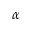
\alpha